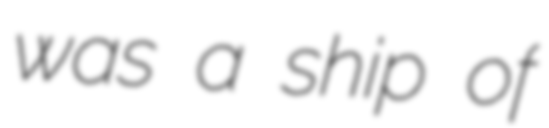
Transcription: was a ship of